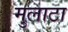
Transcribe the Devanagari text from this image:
मुलाटा